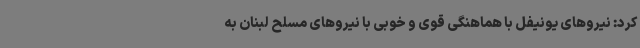
کرد: نیروهای یونیفل با هماهنگی قوی و خوبی با نیروهای مسلح لبنان به